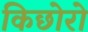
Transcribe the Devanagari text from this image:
किछोरो